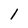
Character: 1